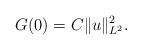
\begin{align*}G(0)=C\|u\|_{L^2}^2.\end{align*}